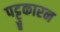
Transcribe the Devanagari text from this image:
पट्टुकारन